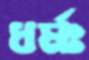
ধর্মঃ